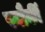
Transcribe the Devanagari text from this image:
स्नौर्की